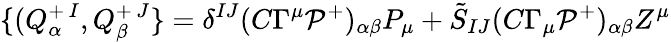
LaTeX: \{ (Q_{\alpha}^{+\, I},Q_{\beta}^{+\, J}\} =\delta^{IJ}(C\Gamma^{\mu}{\cal P}^{+})_{\alpha\beta}P_{\mu}+\tilde{S}_{IJ}(C\Gamma_{\mu}{\cal P}^{+})_{\alpha\beta}Z^{\mu}